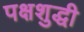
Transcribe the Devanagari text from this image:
पक्षशुद्धी